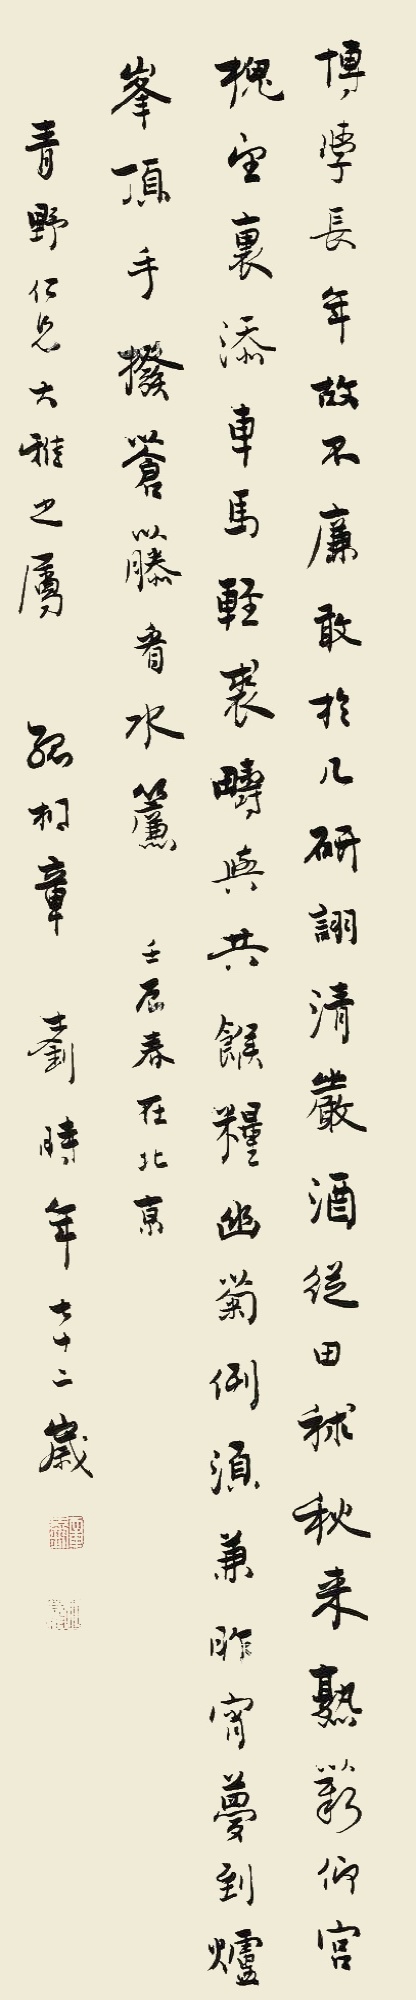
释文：博学长年故不廉，敢于几研诩清严。酒从田秋秫来熟，薪仰宫槐望里添。车马轻裘畴与共，糇粮幽菊例须兼。昨宵梦到炉峰顶，手拨苍藤看水帘。壬辰春在北京，青野仁兄大雅之属，孤桐章士钊时年七十二岁。